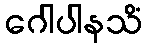
ဂေါပါနသိံ